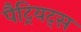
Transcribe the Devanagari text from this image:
पैट्रियट्स